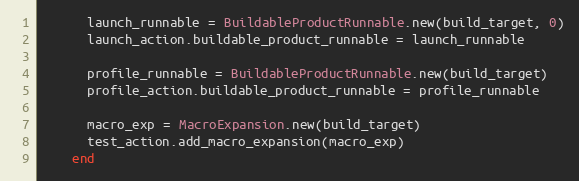
Language: Ruby
      launch_runnable = BuildableProductRunnable.new(build_target, 0)
      launch_action.buildable_product_runnable = launch_runnable

      profile_runnable = BuildableProductRunnable.new(build_target)
      profile_action.buildable_product_runnable = profile_runnable

      macro_exp = MacroExpansion.new(build_target)
      test_action.add_macro_expansion(macro_exp)
    end